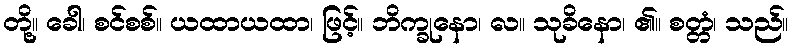
တို့။ ခေါ၊ စင်စစ်။ ယထာယထာ၊ ဖြင့်။ ဘိက္ခုနော၊ လ။ သုခိနော၊ ၏။ စတ္တံ၊ သည်။